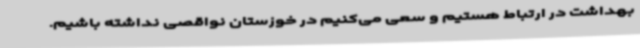
بهداشت در ارتباط هستیم و سعی می‌کنیم در خوزستان نواقصی نداشته باشیم.